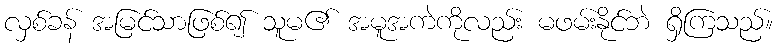
လှစ်ခန် အမြင်သာဖြစ်၍ သူမ၏ အမူအကဲကိုလည်း မဖမ်းနိုင်ဘဲ ရှိကြသည်။